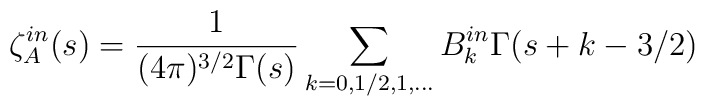
\zeta _{A}^{in}(s)=\frac{1}{(4\pi) ^{3/2}\Gamma (s)}\sum_{k=0,1/2,1,...}B_{k}^{in}\Gamma(s+k-3/2)